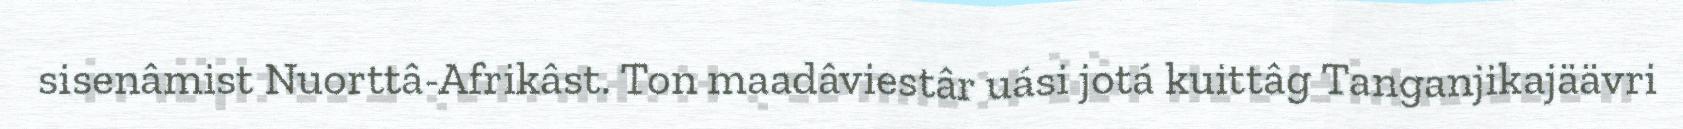
sisenâmist Nuorttâ-Afrikâst. Ton maadâviestâr uási jotá kuittâg Tanganjikajäävri